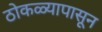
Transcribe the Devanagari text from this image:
ठोकळ्यापासून